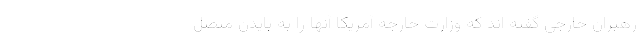
رهبران خارجی گفته اند که وزارت خارجه آمریکا آنها را به بایدن متصل